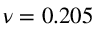
\nu = 0 . 2 0 5